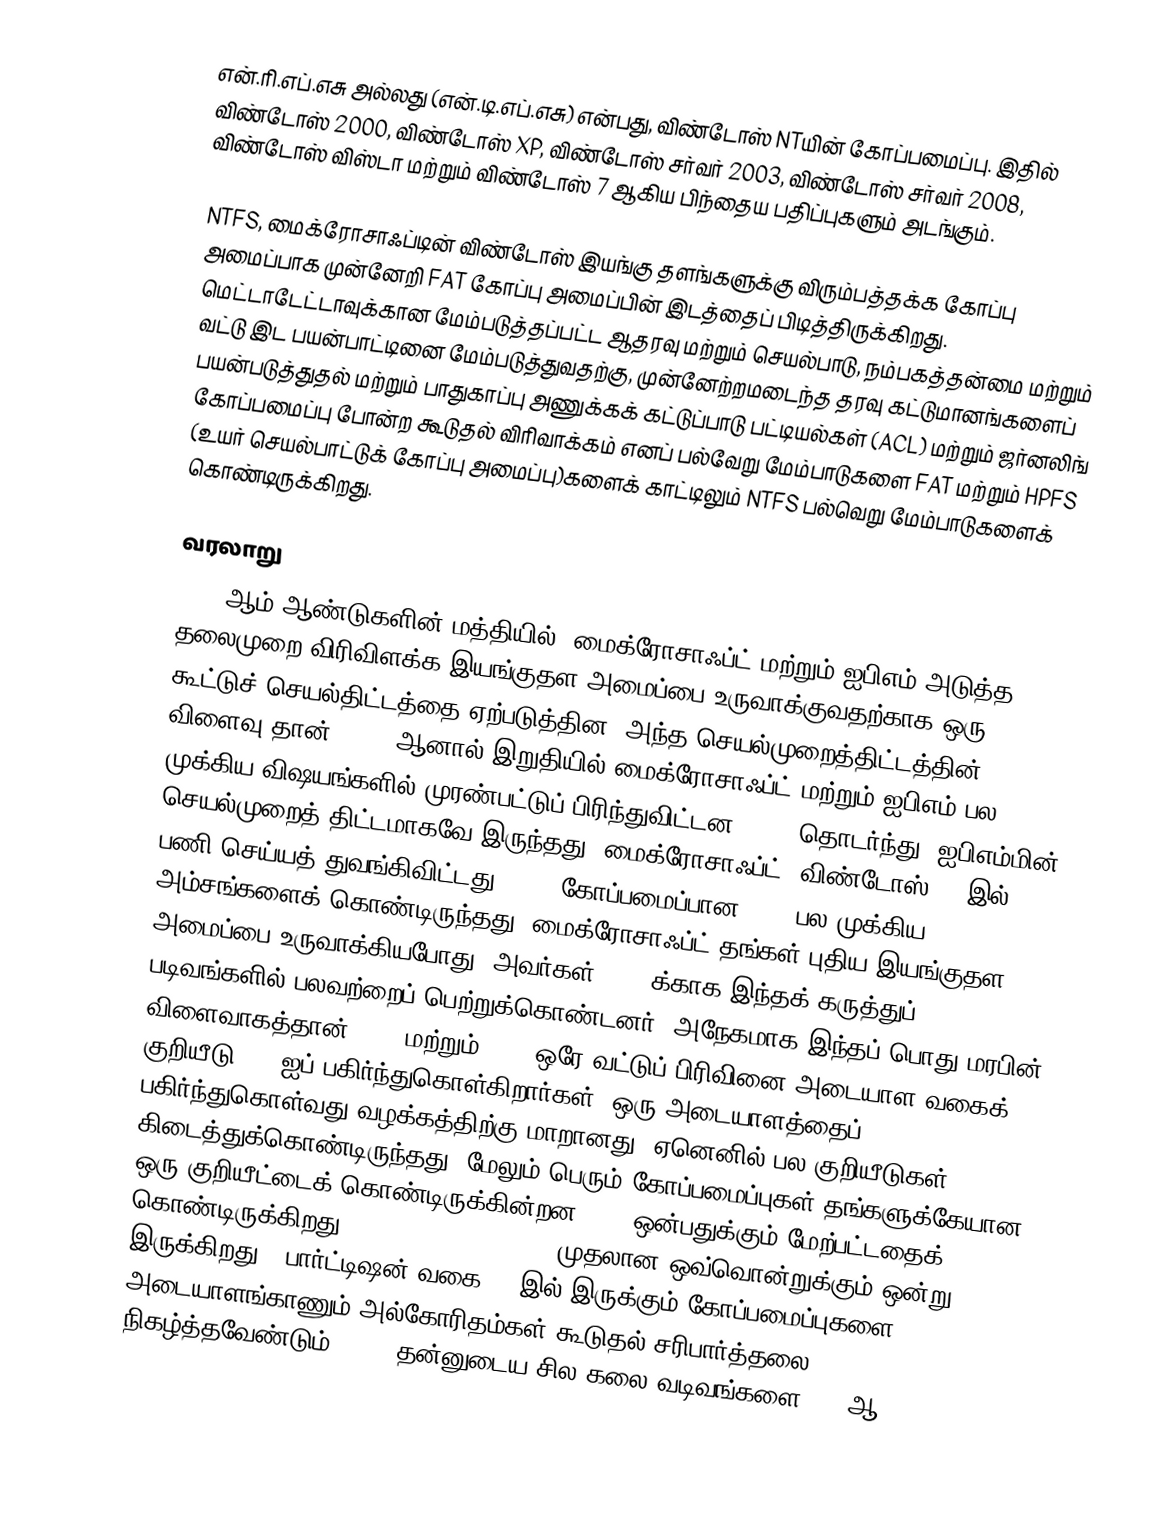
என்.ரி.எப்.எசு அல்லது (என்.டி.எப்.எசு) என்பது, விண்டோஸ் NTயின் கோப்பமைப்பு. இதில் விண்டோஸ் 2000, விண்டோஸ் XP, விண்டோஸ் சர்வர் 2003, விண்டோஸ் சர்வர் 2008, விண்டோஸ் விஸ்டா மற்றும் விண்டோஸ் 7 ஆகிய பிந்தைய பதிப்புகளும் அடங்கும்.

NTFS, மைக்ரோசாஃப்டின் விண்டோஸ் இயங்கு தளங்களுக்கு விரும்பத்தக்க கோப்பு அமைப்பாக முன்னேறி FAT கோப்பு அமைப்பின் இடத்தைப் பிடித்திருக்கிறது. மெட்டாடேட்டாவுக்கான மேம்படுத்தப்பட்ட ஆதரவு மற்றும் செயல்பாடு, நம்பகத்தன்மை மற்றும் வட்டு இட பயன்பாட்டினை மேம்படுத்துவதற்கு, முன்னேற்றமடைந்த தரவு கட்டுமானங்களைப் பயன்படுத்துதல் மற்றும் பாதுகாப்பு அணுக்கக் கட்டுப்பாடு பட்டியல்கள் (ACL) மற்றும் ஜர்னலிங் கோப்பமைப்பு போன்ற கூடுதல் விரிவாக்கம் எனப் பல்வேறு மேம்பாடுகளை FAT மற்றும் HPFS (உயர் செயல்பாட்டுக் கோப்பு அமைப்பு)களைக் காட்டிலும் NTFS பல்வெறு மேம்பாடுகளைக் கொண்டிருக்கிறது.

வரலாறு
1980 ஆம் ஆண்டுகளின் மத்தியில், மைக்ரோசாஃப்ட் மற்றும் ஐபிஎம் அடுத்த தலைமுறை விரிவிளக்க இயங்குதள அமைப்பை உருவாக்குவதற்காக ஒரு கூட்டுச் செயல்திட்டத்தை ஏற்படுத்தின. அந்த செயல்முறைத்திட்டத்தின் விளைவு தான் OS/2, ஆனால் இறுதியில் மைக்ரோசாஃப்ட் மற்றும் ஐபிஎம் பல முக்கிய விஷயங்களில் முரண்பட்டுப் பிரிந்துவிட்டன. OS/2 தொடர்ந்து, ஐபிஎம்மின் செயல்முறைத் திட்டமாகவே இருந்தது. மைக்ரோசாஃப்ட், விண்டோஸ் NT இல் பணி செய்யத் துவங்கிவிட்டது. OS/2 கோப்பமைப்பான HPFS பல முக்கிய அம்சங்களைக் கொண்டிருந்தது. மைக்ரோசாஃப்ட் தங்கள் புதிய இயங்குதள அமைப்பை உருவாக்கியபோது, அவர்கள் NTFS க்காக இந்தக் கருத்துப் படிவங்களில் பலவற்றைப் பெற்றுக்கொண்டனர். அநேகமாக இந்தப் பொது மரபின் விளைவாகத்தான் HPFS மற்றும் NTFS ஒரே வட்டுப் பிரிவினை அடையாள வகைக் குறியீடு (07)ஐப் பகிர்ந்துகொள்கிறார்கள். ஒரு அடையாளத்தைப் பகிர்ந்துகொள்வது வழக்கத்திற்கு மாறானது, ஏனெனில் பல குறியீடுகள் கிடைத்துக்கொண்டிருந்தது, மேலும் பெரும் கோப்பமைப்புகள் தங்களுக்கேயான ஒரு குறியீட்டைக் கொண்டிருக்கின்றன. FAT ஒன்பதுக்கும் மேற்பட்டதைக் கொண்டிருக்கிறது (FAT12, FAT16, FAT32, முதலான ஒவ்வொன்றுக்கும் ஒன்று இருக்கிறது). பார்ட்டிஷன் வகை 07 இல் இருக்கும் கோப்பமைப்புகளை அடையாளங்காணும் அல்கோரிதம்கள் கூடுதல் சரிபார்த்தலை நிகழ்த்தவேண்டும். NTFS தன்னுடைய சில கலை வடிவங்களை VMS ஆ